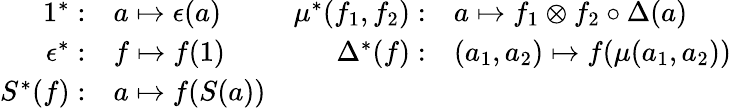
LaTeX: \begin{array}{rlrl}{{1^{*}:}}&{{a\mapsto\epsilon(a)}}&{{\mu^{*}(f_{1},f_{2}):}}&{{a\mapsto f_{1}\otimes f_{2}\circ\Delta(a)}}\\ {{\epsilon^{*}:}}&{{f\mapsto f(1)}}&{{\Delta^{*}(f):}}&{{(a_{1},a_{2})\mapsto f(\mu(a_{1},a_{2}))}}\\ {{S^{*}(f):}}&{{a\mapsto f(S(a))}}&{{~}}&{{~}}\end{array}